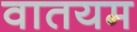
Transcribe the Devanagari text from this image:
वातयम